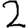
Digit: 2